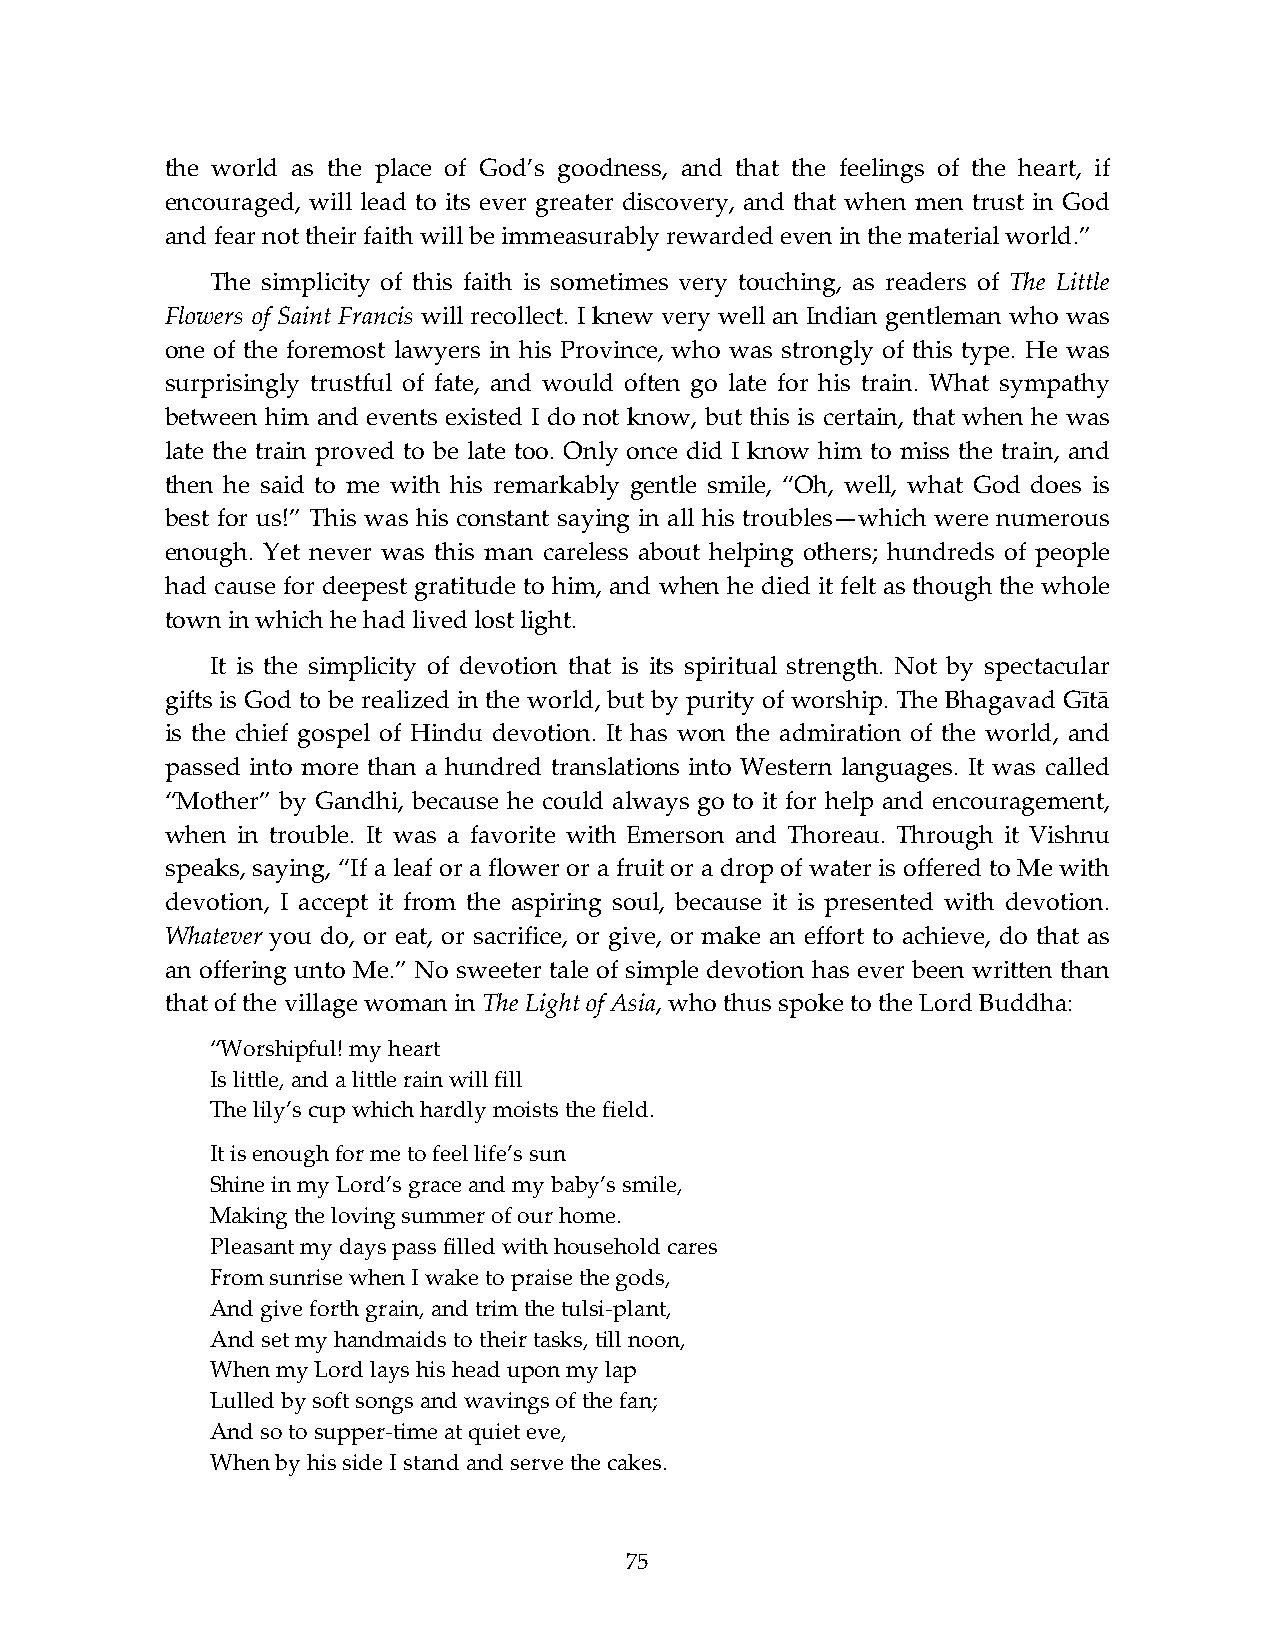
the world as the place of God’s goodness, and that the feelings of the heart, if
 encouraged, will lead to its ever greater discovery, and that when men trust in God
 and fear not their faith will be immeasurably rewarded even in the material world.”
 The simplicity of this faith is sometimes very touching, as readers of The Little
 Flowers of Saint Francis will recollect. I knew very well an Indian gentleman who was
 one of the foremost lawyers in his Province, who was strongly of this type. He was
 surprisingly trustful of fate, and would often go late for his train. What sympathy
 between him and events existed I do not know, but this is certain, that when he was
 late the train proved to be late too. Only once did I know him to miss the train, and
 then he said to me with his remarkably gentle smile, “Oh, well, what God does is
 best for us!” This was his constant saying in all his troubles—which were numerous
 enough. Yet never was this man careless about helping others; hundreds of people
 had cause for deepest gratitude to him, and when he died it felt as though the whole
 town in which he had lived lost light.
 It is the simplicity of devotion that is its spiritual strength. Not by spectacular
 gifts is God to be realized in the world, but by purity of worship. The Bhagavad Gītā
 is the chief gospel of Hindu devotion. It has won the admiration of the world, and
 passed into more than a hundred translations into Western languages. It was called
 “Mother” by Gandhi, because he could always go to it for help and encouragement,
 when in trouble. It was a favorite with Emerson and Thoreau. Through it Vishnu
 speaks, saying, “If a leaf or a flower or a fruit or a drop of water is offered to Me with
 devotion, I accept it from the aspiring soul, because it is presented with devotion.
 Whatever you do, or eat, or sacrifice, or give, or make an effort to achieve, do that as
 an offering unto Me.” No sweeter tale of simple devotion has ever been written than
 that of the village woman in The Light of Asia, who thus spoke to the Lord Buddha:
 “Worshipful! my heart
 Is little, and a little rain will fill
 The lily’s cup which hardly moists the field.
 It is enough for me to feel life’s sun
 Shine in my Lord’s grace and my baby’s smile,
 Making the loving summer of our home.
 Pleasant my days pass filled with household cares
 From sunrise when I wake to praise the gods,
 And give forth grain, and trim the tulsi-plant,
 And set my handmaids to their tasks, till noon,
 When my Lord lays his head upon my lap
 Lulled by soft songs and wavings of the fan;
 And so to supper-time at quiet eve,
 When by his side I stand and serve the cakes.
 75